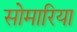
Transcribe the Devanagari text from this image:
सोमारिया